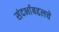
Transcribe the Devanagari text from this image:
संदर्भाबद्दलचे